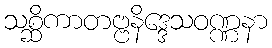
သစ္ဆိကာတဗ္ဗနိဒ္ဒေသဝဏ္ဏနာ